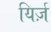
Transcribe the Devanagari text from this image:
यिर्ज़